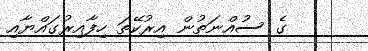
ގެ ސުއްނަތުން އިރުކޭތަ ހިފާއިރުގައްޔާއި